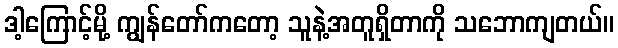
ဒါ့ကြောင့်မို့ ကျွန်တော်ကတော့ သူနဲ့အတူရှိတာကို သဘောကျတယ်။